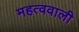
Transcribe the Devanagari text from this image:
महत्ववाली